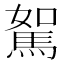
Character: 𩣉